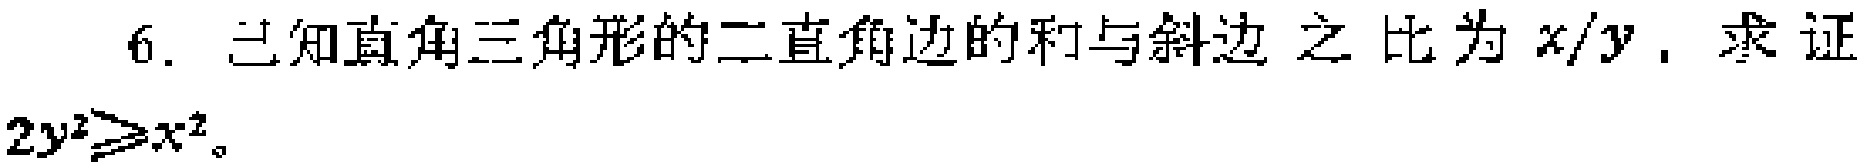
6. 已知直角三角形的二直角边的和与斜边 之比为 \(x/y\)，求证 \(2y^{2}\geqslant x^{2}\)。